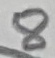
Text: 8